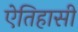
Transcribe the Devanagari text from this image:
ऐतिहासी